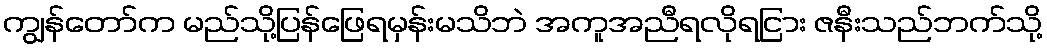
ကျွန်တော်က မည်သို့ပြန်ဖြေရမှန်းမသိဘဲ အကူအညီရလိုရငြား ဇနီးသည်ဘက်သို့